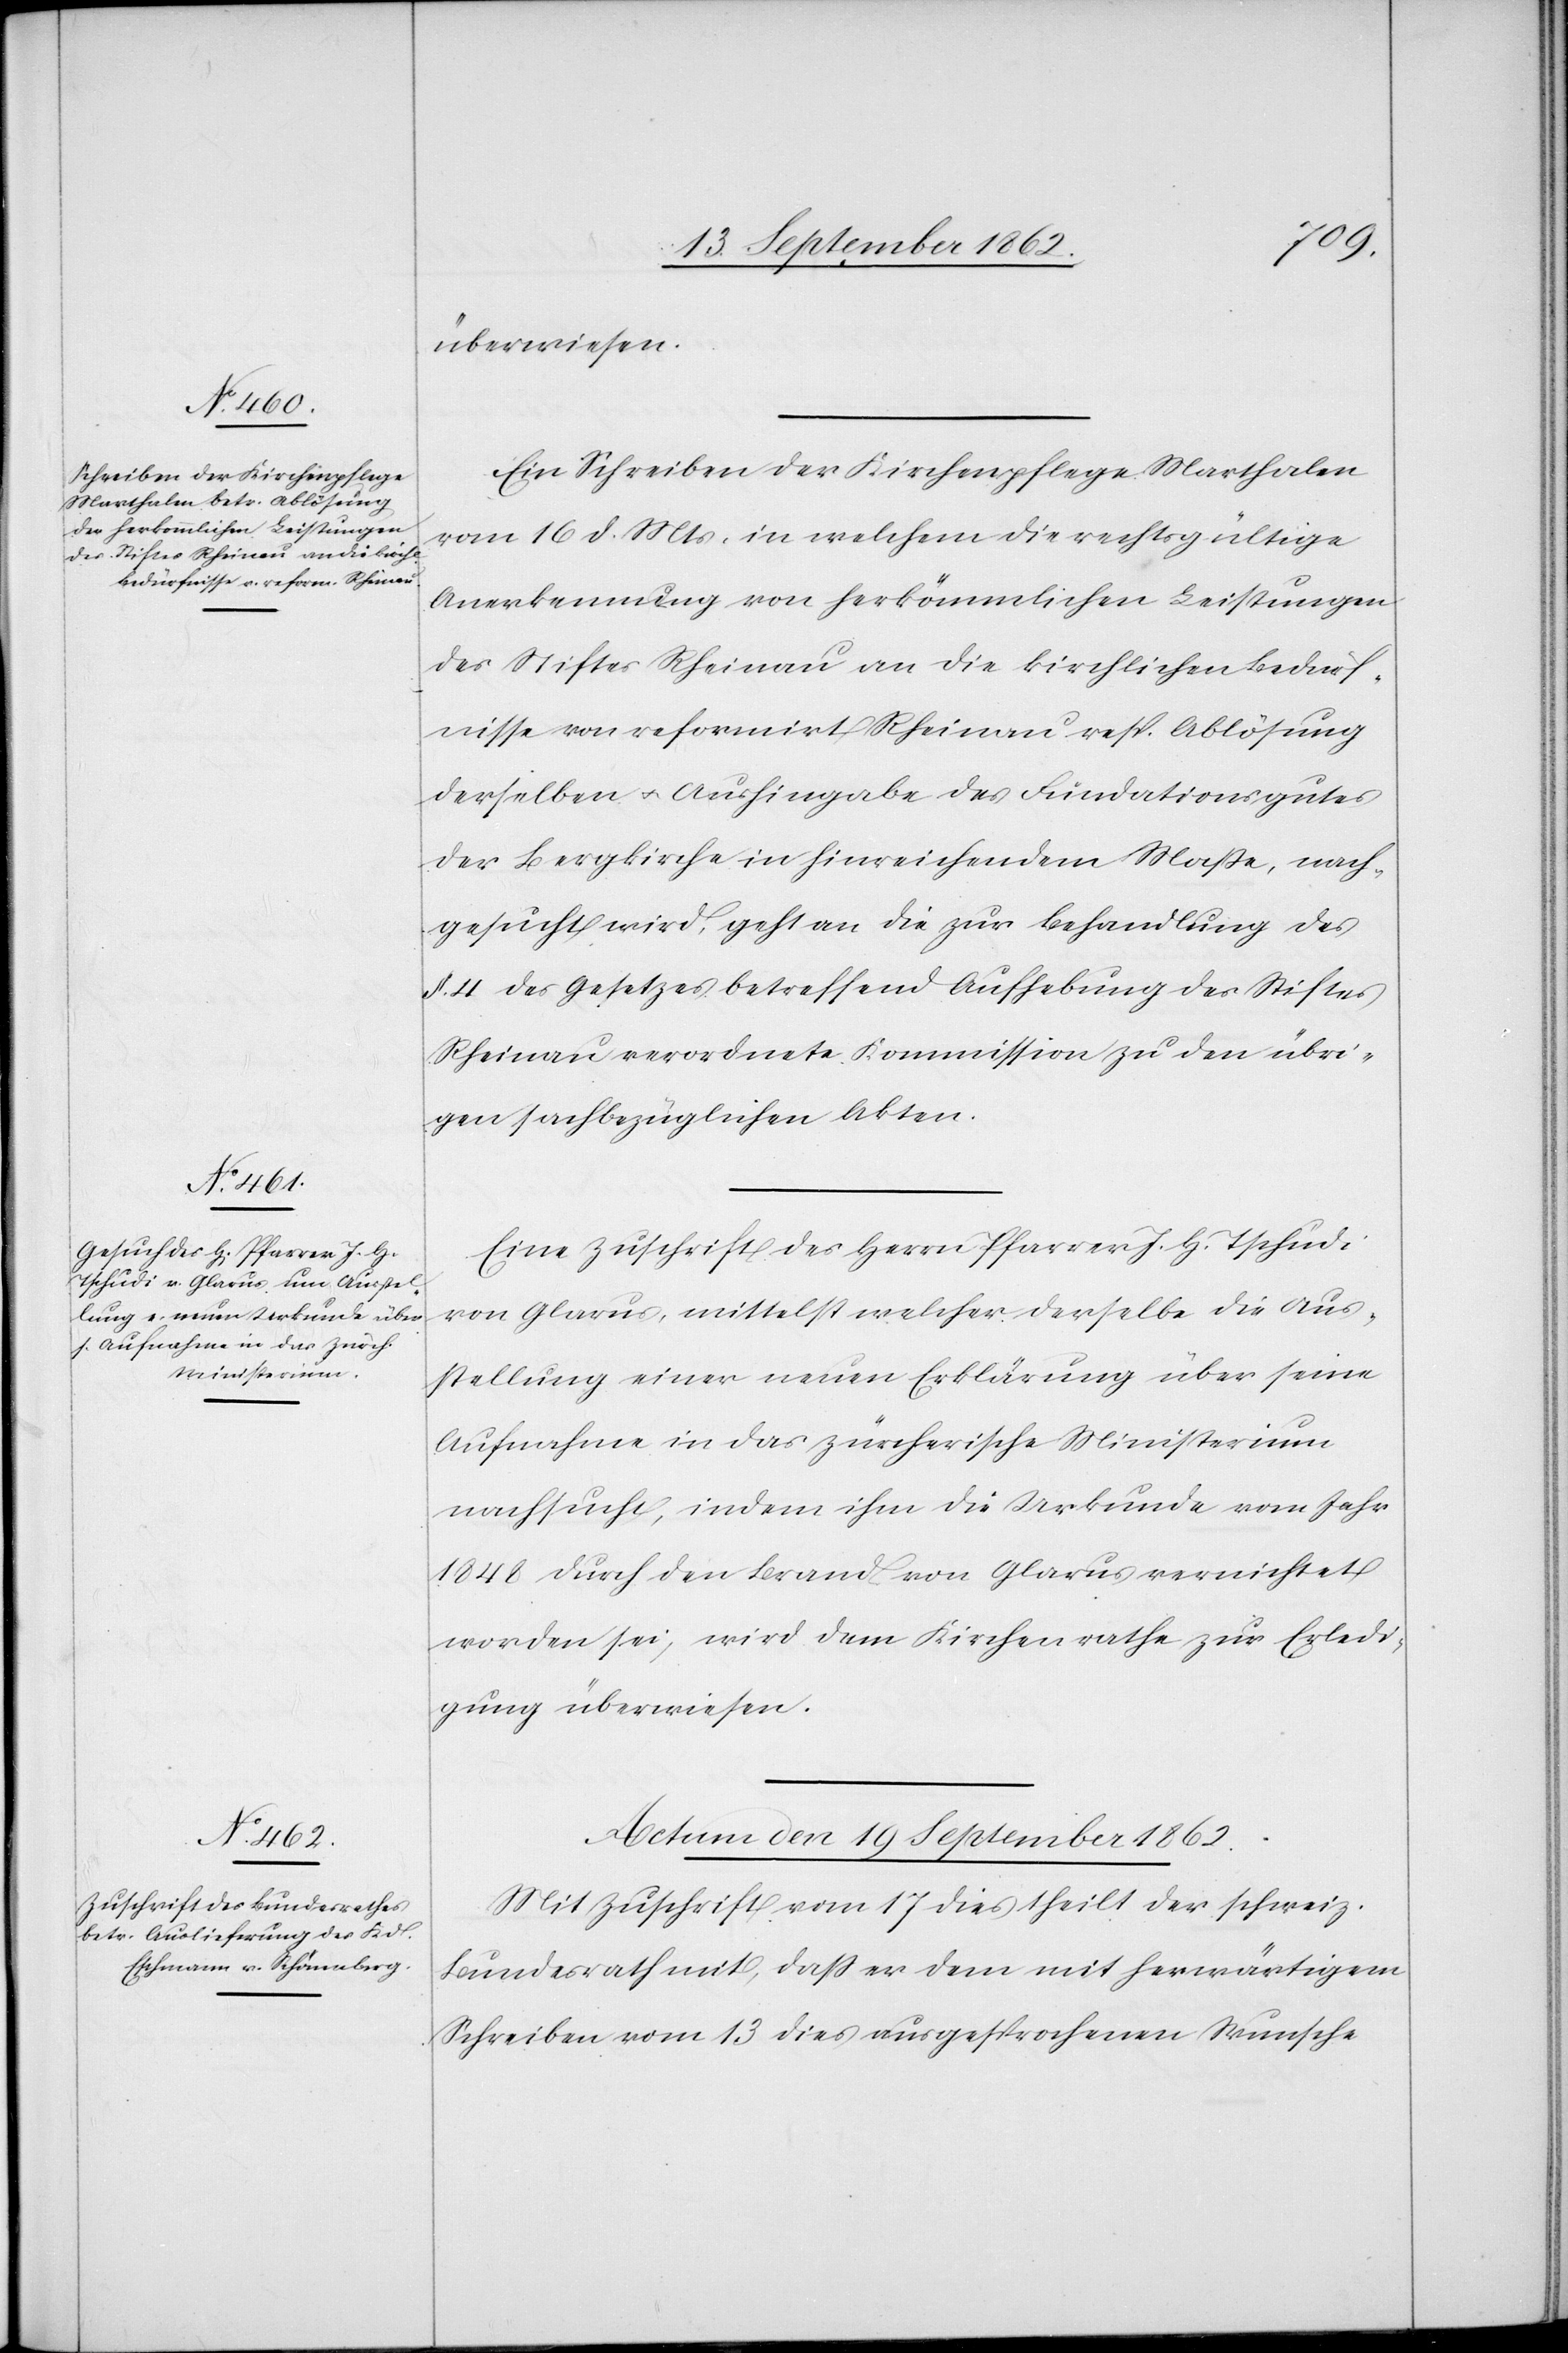
überwiesen.
Ein Schreiben der Kirchenpflege Marthalen
vom 16. d. Mts., in welchem die rechtsgültige
Anerkennung von herkömmlichen Leistungen
des Stiftes Rheinau an die kirchlichen Bedürf¬
nisse von reformirt Rheinau resp. Ablösung
derselben u. Aushingabe des Fundationsgutes
der Bergkirche in hinreichendem Maße, nach¬
gesucht wird, geht an die zur Behandlung des
§. 4 des Gesetzes betreffend Aufhebung des Stiftes
Rheinau verordnete Kommission zu den übri¬
gen sachbezüglichen Akten.
Eine Zuschrift des Herrn Pfarrer J. H. Tschudi
von Glarus, mittelst welcher derselbe die Aus¬
stellung einer neuen Erklärung über seine
Aufnahme in das zürcherische Ministerium
nachsucht, indem ihm die Urkunde vom Jahr
1848 durch den Brand von Glarus vernichtet
worden sei, wird dem Kirchenrathe zur Erledi¬
gung überwiesen.
Actum den 19. September 1862.
Mit Zuschrift vom 17. dies theilt der schweiz.
Bundesrath mit, daß er dem mit herwärtigem
Schreiben vom 13. dies ausgesprochenen Wunsche